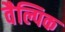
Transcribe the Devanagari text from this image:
वैल्पिक